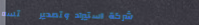
شركة استيراد وتصدير   تسه